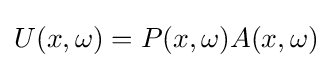
U(x,\omega )=P(x,\omega )A(x,\omega )